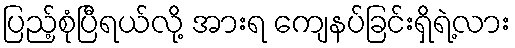
ပြည့်စုံပြီရယ်လို့ အားရ ကျေနပ်ခြင်းရှိရဲ့လား